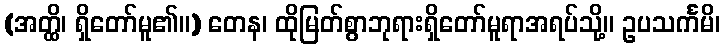
(အတ္ထိ၊ ရှိတော်မူ၏။) တေန၊ ထိုမြတ်စွာဘုရားရှိတော်မူရာအရပ်သို့။ ဥပသင်္ကမိ၊